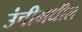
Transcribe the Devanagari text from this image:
उंचीमधील